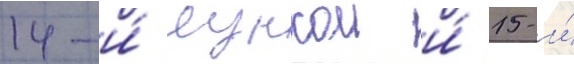
14-и́ лункои и́ 15-и́